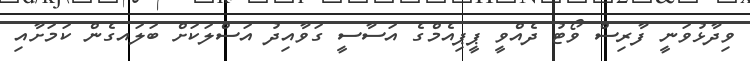
ވިދާޅުވަނީ ފާރިސް ވޯޓު ދެއްވީ ޕީޕިއެމްގެ އަސާސީ ގަވާއިދު އަސްލަކަށް ބަލައގެން ކަމަށާއި